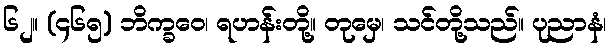
၆၂။ (၄၆၅) ဘိက္ခဝေ၊ ရဟန်းတို့။ တုမှေ၊ သင်တို့သည်။ ပုညာနံ၊